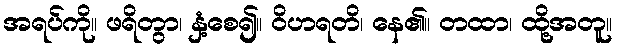
အရပ်ကို။ ဖရိတွာ၊ နှံ့စေ၍။ ဝိဟရတိ၊ နေ၏။ တထာ၊ ထို့အတူ။